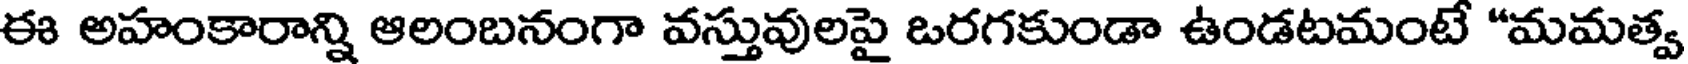
ఈ అహంకారాన్ని ఆలంబనంగా వస్తువులపై ఒరగకుండా ఉండటమంటే "మమత్వ